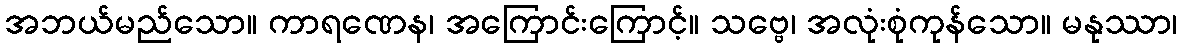
အဘယ်မည်သော။ ကာရဏေန၊ အကြောင်းကြောင့်။ သဗ္ဗေ၊ အလုံးစုံကုန်သော။ မနုဿာ၊